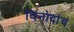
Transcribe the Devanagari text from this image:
विनोदांचं